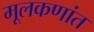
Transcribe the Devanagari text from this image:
मूलकणांत